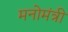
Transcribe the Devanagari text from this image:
मनोमंत्री